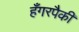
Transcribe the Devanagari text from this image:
हँगरपैकी